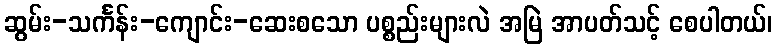
ဆွမ်း-သင်္ကန်း-ကျောင်း-ဆေးစသော ပစ္စည်းများလဲ အမြဲ အာပတ်သင့် စေပါတယ်၊